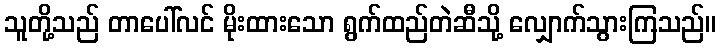
သူတို့သည် တာပေါ်လင် မိုးထားသော ရွက်ထည်တဲဆီသို့ လျှောက်သွားကြသည်။